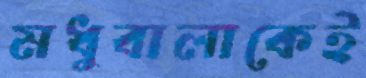
মধুবালাকেই